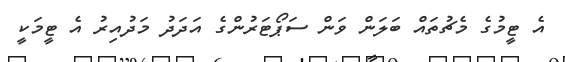
އެ ޓީމުގެ މެޗުތައް ބަލަން ވަން ސަޕޯޓަރުންގެ އަދަދު މަދުއިރު އެ ޓީމަކީ